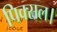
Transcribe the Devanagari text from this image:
पिक्सल।